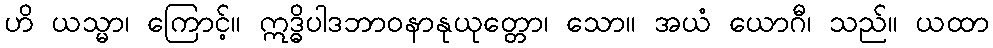
ဟိ ယသ္မာ၊ ကြောင့်။ ဣဒ္ဓိပါဒဘာဝနာနုယုတ္တော၊ သော။ အယံ ယောဂီ၊ သည်။ ယထာ